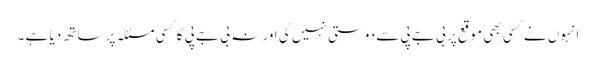
انہوں نے کسی بھی موقع پر بی جے پی سے دوستی نہیں کی اور نہ بی جے پی کا کسی مسئلہ پر ساتھ دیا ہے ۔